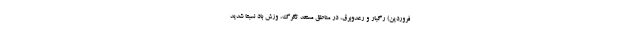
فروردین) رگبار و رعدوبرق، در مناطق مستعد تگرگ، وزش باد نسبتا شدید